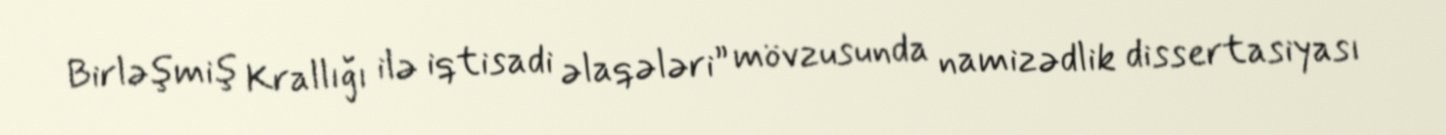
Birləşmiş Krallığı ilə iqtisadi əlaqələri” mövzusunda namizədlik dissertasiyası